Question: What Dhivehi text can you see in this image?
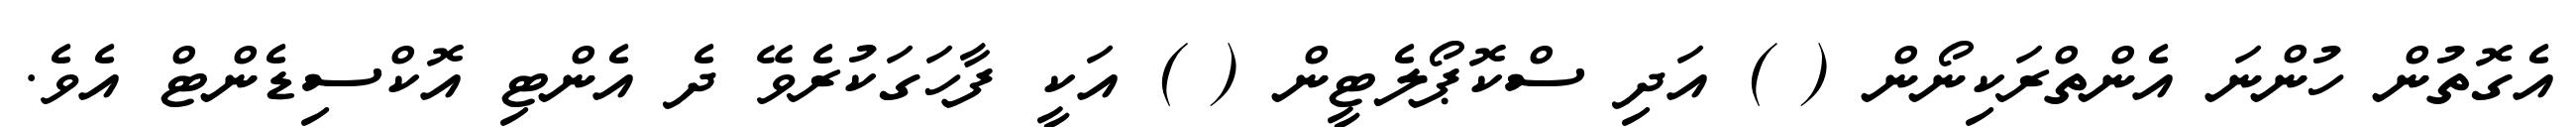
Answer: އެގޮތުން ހުންނަ އެންތްރަކިނޯން ( ) އަދި ސްކޮޕޯލެޓީން ( ) އަކީ ފާހަގަކުރެވޭ ދެ އެންޓި އޮކްސިޑެންޓް އެވެ.